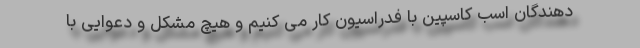
دهندگان اسب کاسپین با فدراسیون کار می کنیم و هیچ مشکل و دعوایی با